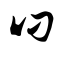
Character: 叼